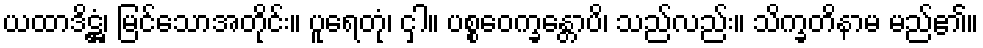
ယထာဒိဋ္ဌံ၊ မြင်သောအတိုင်း။ ပူရေတုံ၊ ငှါ။ ပစ္စဝေက္ခန္တောပိ၊ သည်လည်း။ သိက္ခတိနာမ မည်၏။